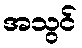
အသွင်